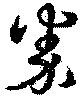
券